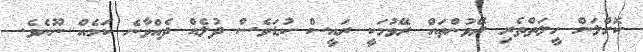
ކޮށްލަން ހީލަތްތެރި ރޭވުންތައް ރޭވުމަކީ ރައީސް ކުޑަވެސް ދުލެއް ދެއްވާނެ ކަމެއް ނޫނެވެ.